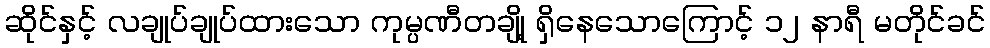
ဆိုင်နှင့် လချုပ်ချုပ်ထားသော ကုမ္ပဏီတချို့ ရှိနေသောကြောင့် ၁၂ နာရီ မတိုင်ခင်